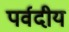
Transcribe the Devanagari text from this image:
पर्वदीय